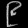
Digit: ၉